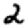
Digit: 2